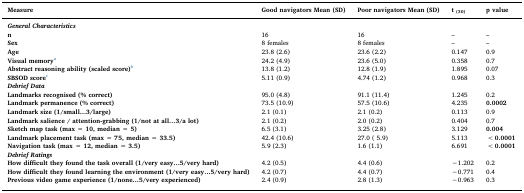
<table><thead><tr><td><b>Measure</b></td><td><b>Good navigators Mean (SD)</b></td><td><b>Poor navigators Mean (SD)</b></td><td><b>t<sub>(30)</sub></b></td><td><b>p value</b></td></tr></thead><tbody><tr><td><i><b>General Characteristics</b></i></td><td></td><td></td><td></td><td></td></tr><tr><td><b>n</b></td><td>16</td><td>16</td><td>–</td><td>–</td></tr><tr><td><b>Sex</b></td><td>8 females</td><td>8 females</td><td>–</td><td>–</td></tr><tr><td><b>Age</b></td><td>23.8 (2.6)</td><td>23.6 (2.2)</td><td>0.147</td><td>0.9</td></tr><tr><td><b>Visual memory</b>a</td><td>24.2 (4.9)</td><td>23.6 (5.0)</td><td>0.358</td><td>0.7</td></tr><tr><td><b>Abstract reasoning ability (scaled score)</b>b</td><td>13.8 (1.2)</td><td>12.8 (1.9)</td><td>1.895</td><td>0.07</td></tr><tr><td><b>SBSOD score</b>c</td><td>5.11 (0.9)</td><td>4.74 (1.2)</td><td>0.968</td><td>0.3</td></tr><tr><td><i><b>Debrief Data</b></i></td><td></td><td></td><td></td><td></td></tr><tr><td><b>Landmarks recognised (% correct)</b></td><td>95.0 (4.8)</td><td>91.1 (11.4)</td><td>1.245</td><td>0.2</td></tr><tr><td><b>Landmark permanence (% correct)</b></td><td>73.5 (10.9)</td><td>57.5 (10.6)</td><td>4.235</td><td><b>0.0002</b></td></tr><tr><td><b>Landmark size (1/small...3/large)</b></td><td>2.1 (0.1)</td><td>2.1 (0.2)</td><td>0.113</td><td>0.9</td></tr><tr><td><b>Landmark salience / attention-grabbing (1/not at all...3/a lot)</b></td><td>2.1 (0.2)</td><td>2.0 (0.2)</td><td>0.404</td><td>0.7</td></tr><tr><td><b>Sketch map task (max = 10, median = 5)</b></td><td>6.5 (3.1)</td><td>3.25 (2.8)</td><td>3.129</td><td><b>0.004</b></td></tr><tr><td><b>Landmark placement task (max = 75, median = 33.5)</b></td><td>42.4 (10.6)</td><td>27.0 ( 5.9)</td><td>5.113</td><td><b>&lt;0.0001</b></td></tr><tr><td><b>Navigation task (max = 12, median = 3.5)</b></td><td>5.9 (2.3)</td><td>1.6 (1.1)</td><td>6.691</td><td><b>&lt;0.0001</b></td></tr><tr><td><i><b>Debrief Ratings</b></i></td><td></td><td></td><td></td><td></td></tr><tr><td><b>How difficult they found the task overall (1/very easy...5/very hard)</b></td><td>4.2 (0.5)</td><td>4.4 (0.6)</td><td>−1.202</td><td>0.2</td></tr><tr><td><b>How difficult they found learning the environment (1/very easy...5/very hard)</b></td><td>4.2 (0.7)</td><td>4.4 (0.7)</td><td>−0.771</td><td>0.4</td></tr><tr><td><b>Previous video game experience (1/none...5/very experienced)</b></td><td>2.4 (0.9)</td><td>2.8 (1.3)</td><td>−0.963</td><td>0.3</td></tr></tbody></table>